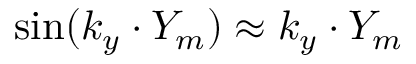
\sin ( k _ { y } \cdot Y _ { m } ) \approx k _ { y } \cdot Y _ { m }